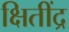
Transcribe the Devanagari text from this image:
क्षितींद्र